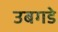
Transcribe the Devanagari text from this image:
उबगडे